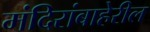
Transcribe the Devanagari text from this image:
मंदिरांबाहेरील